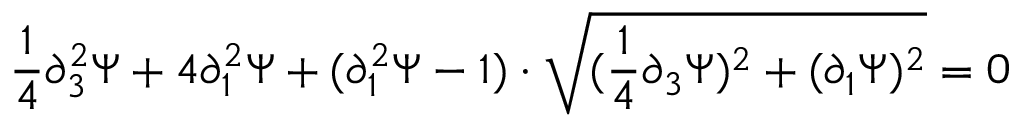
\frac { 1 } { 4 } \partial _ { 3 } ^ { 2 } \Psi + 4 \partial _ { 1 } ^ { 2 } \Psi + ( \partial _ { 1 } ^ { 2 } \Psi - 1 ) \cdot \sqrt { ( \frac { 1 } { 4 } \partial _ { 3 } \Psi ) ^ { 2 } + ( \partial _ { 1 } \Psi ) ^ { 2 } } = 0